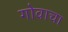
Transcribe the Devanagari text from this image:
गोवाचा